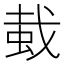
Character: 蛓